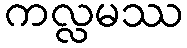
ကလ္လမဿ